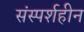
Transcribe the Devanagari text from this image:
संस्पर्शहीन